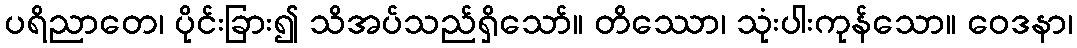
ပရိညာတေ၊ ပိုင်းခြား၍ သိအပ်သည်ရှိသော်။ တိဿော၊ သုံးပါးကုန်သော။ ဝေဒနာ၊